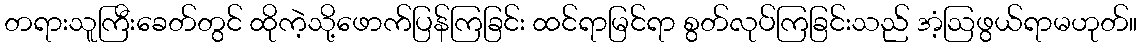
တရားသူကြီးခေတ်တွင် ထိုကဲ့သို့ဖောက်ပြန်ကြခြင်း ထင်ရာမြင်ရာ စွတ်လုပ်ကြခြင်းသည် အံ့ဩဖွယ်ရာမဟုတ်။